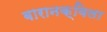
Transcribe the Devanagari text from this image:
बारानक्विला